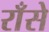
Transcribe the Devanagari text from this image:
राँसे